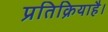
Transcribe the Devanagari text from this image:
प्रतिक्रियाहै।